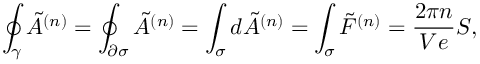
\oint _ { \gamma } \tilde { A } ^ { ( n ) } = \oint _ { \partial \sigma } \tilde { A } ^ { ( n ) } = \int _ { \sigma } d \tilde { A } ^ { ( n ) } = \int _ { \sigma } \tilde { F } ^ { ( n ) } = \frac { 2 \pi n } { V e } S ,